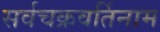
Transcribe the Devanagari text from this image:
सर्वचक्रवर्तिनाम